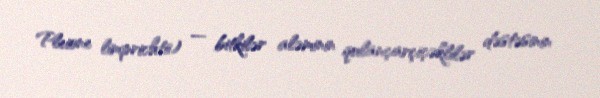
Pleione limprichtii) — bitkilər aləminin qulançarçiçəklilər dəstəsinin